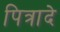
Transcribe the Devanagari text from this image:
पित्रादे